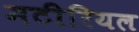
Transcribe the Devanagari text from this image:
मटीरियल